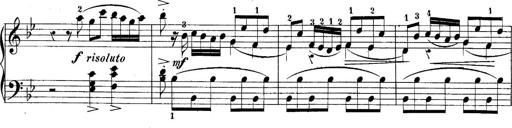
Title: 10 Sonatines progressives
Composer: Anton Schmoll